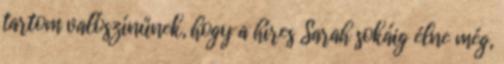
tartom valószínűnek, hogy a híres Sarah sokáig élne még,